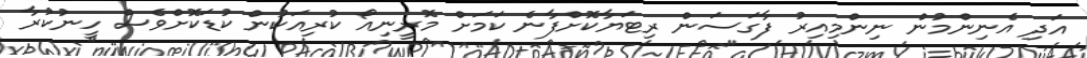
އަދި އެނިންމުން ނިންމިއިރު ފާގަސަން ރިޓަޔާކޮށްފާނެ ކަމަށް މޮރީނިއޯ ކުރިއަކުން ކުޑަކޮށްވެސް ހީނުކުރާ